NAE_EAA_P-1039_Kommunismi_Majak_kalurikolhoos, lk 26
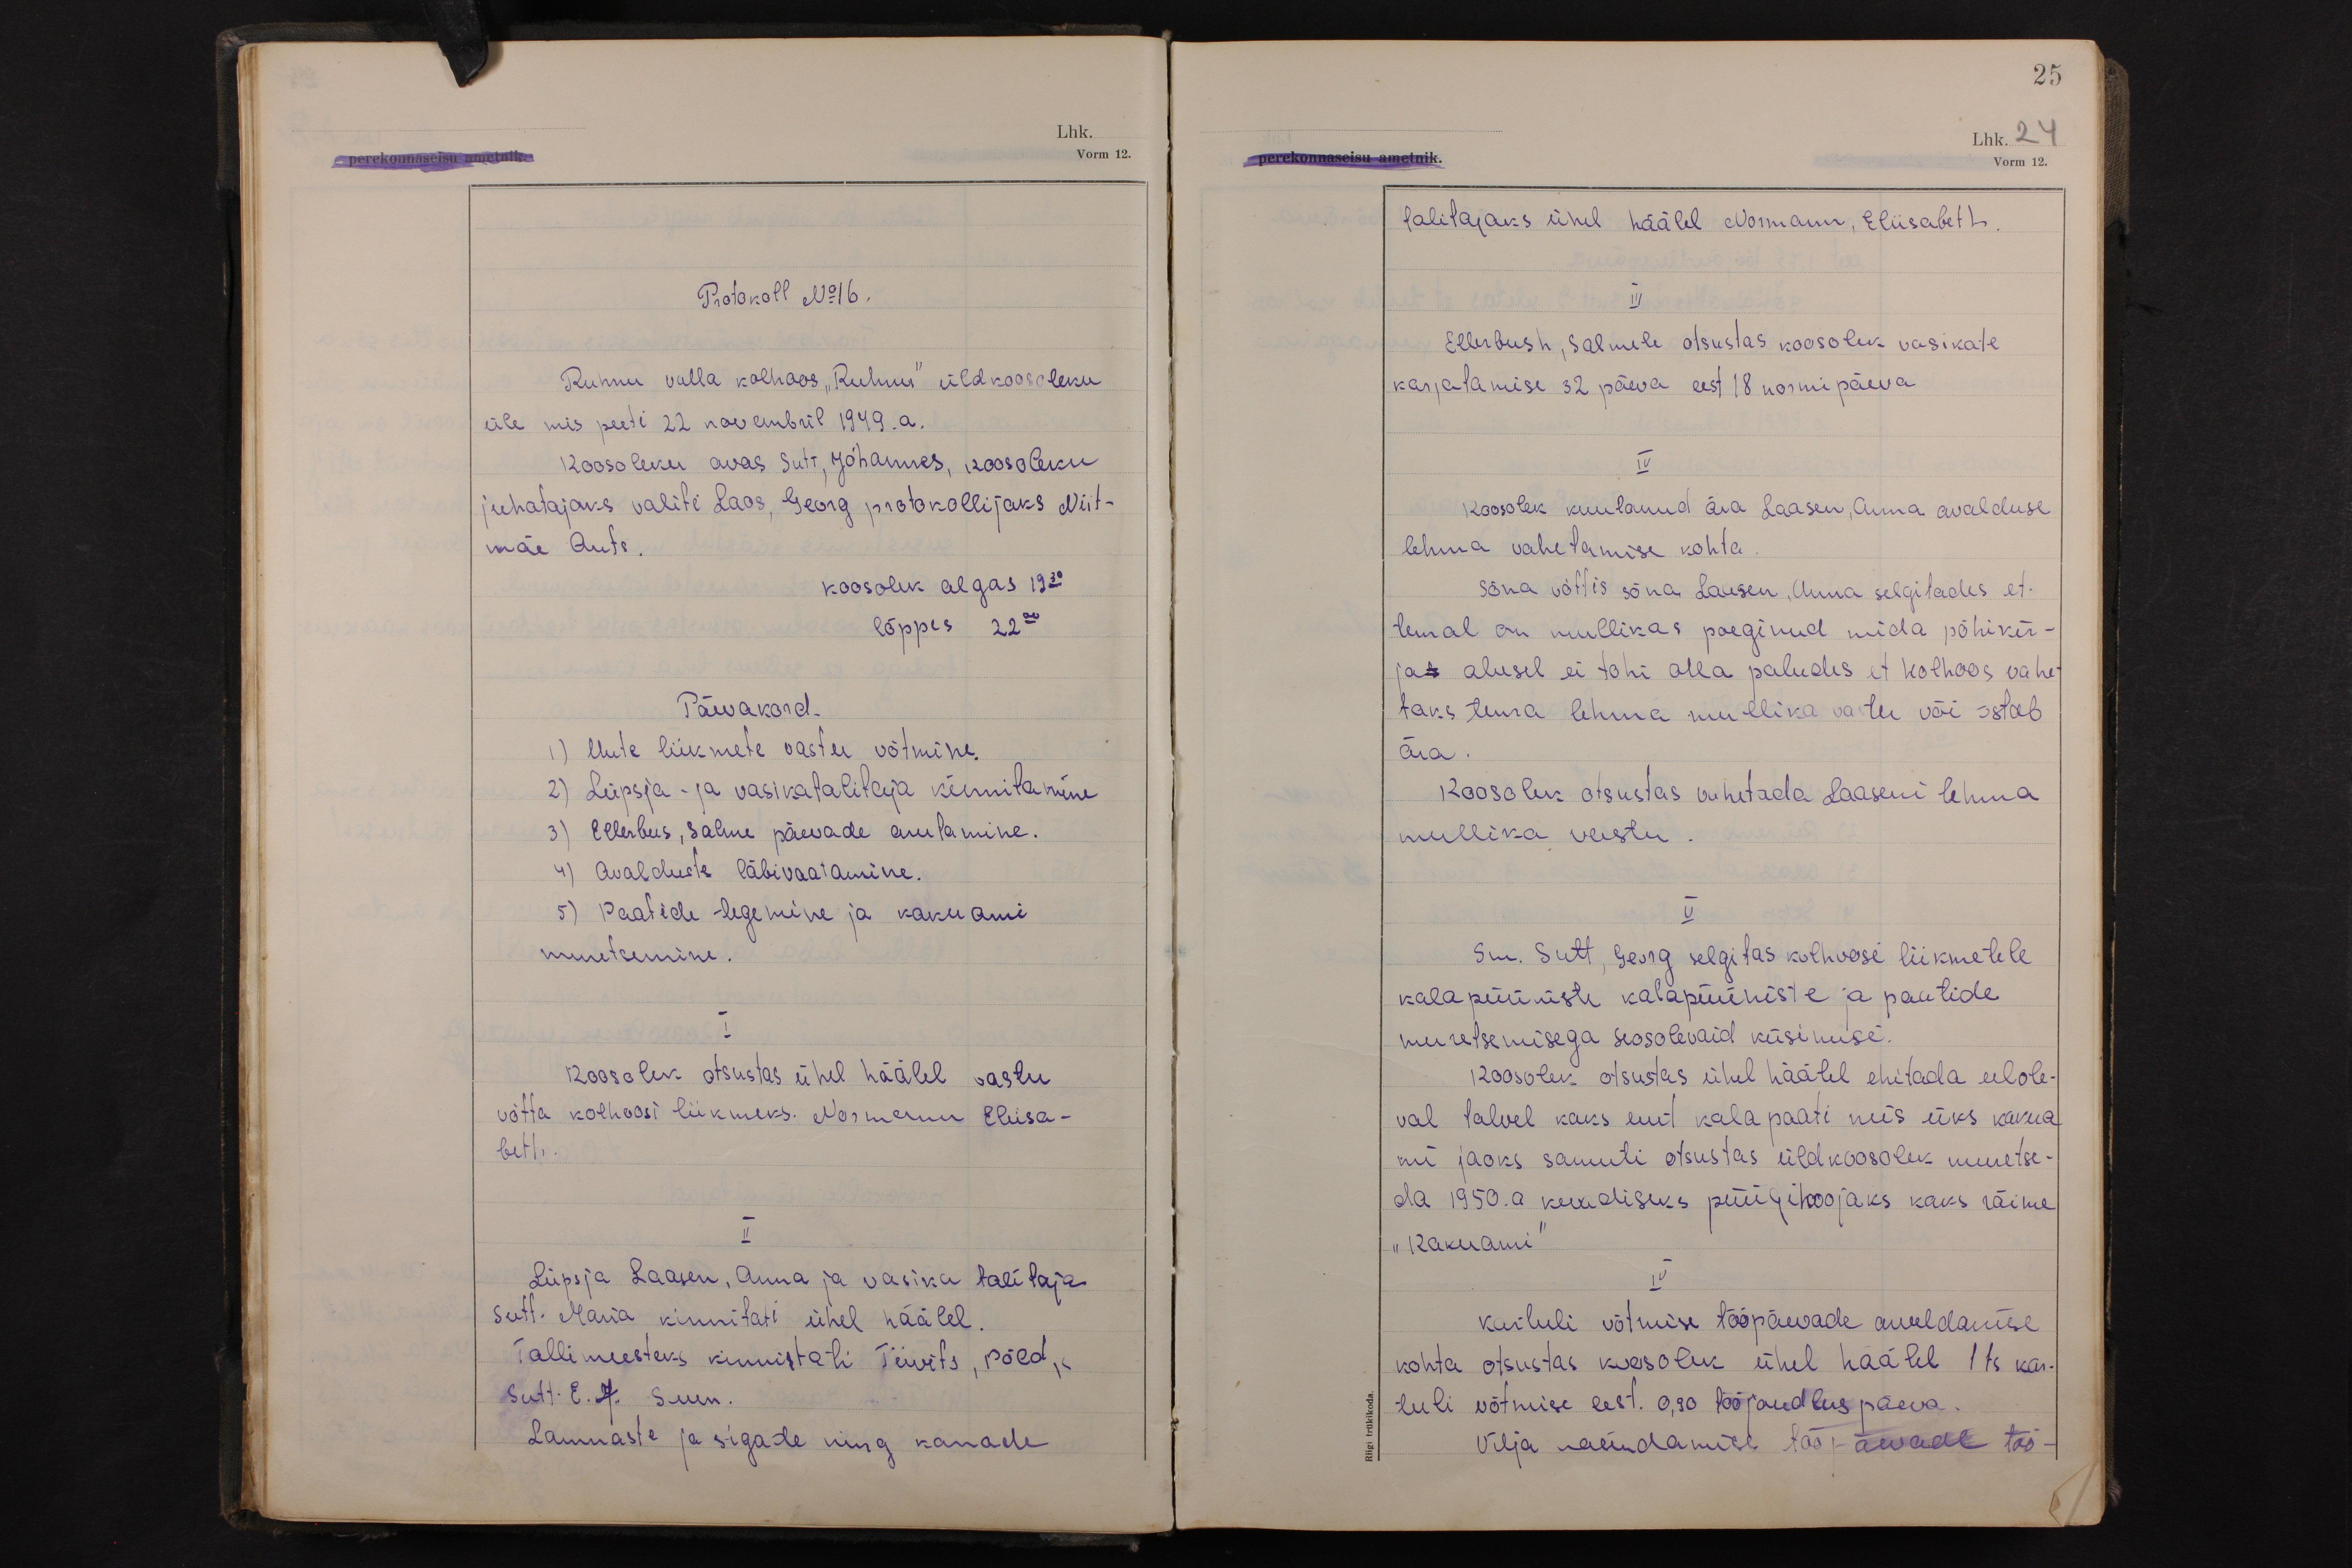
25
Lhk. 24

Protokoll No 16.
Ruhnu valla kolhoos "Ruhnu" üldkoosoleku
üle mis peeti 22 novembril 1949.a.
Koosoleku avas Sutt, Johannes, koosoleku
juhatajaks valiti Laos, Georg protokollijaks Niit-
mäe Ants.
koosolek algas 19 30
lõppes 22 00
Päevakord.
1) Uute liikmete vastu võtmine.
2) Lüpsja- ja vasikatalitaja kinnitamine
3) Ellerbus, Salme päevade arutamine.
4) Avalduste läbivaatamine.
5) Paatide tegemine ja kakuami
muretsemine.
I
Koosolek otsustas ühel häälel vastu
võtta kolhoosi liikmeks. Normann Eliisa-
beth.
II
Lüpsja Laasen, Anna ja vasika talitaja
Sutt. Maria kinnitati ühel häälel.
Tallimeesteks kinnistati Tiivits, Põld,
Sutt. E. J. Suun.
Lammaste ja sigade ning kanade

Vorm 12.
talitajaks ühel häälel Normann, Eliisabeth.
III
Ellerbush, Salmele otsustas koosolek vasikate
karjatamise 32 päeva eest 18 normipäeva
IV
Koosolek kuulanud ära Laasen, Anna avalduse
lehma vahetamise kohta.
Sõna võttis sõna Laasen, Anna selgitades, et
temal on mullikas poeginud mida põhikir-
jas alusel ei tohi olla paludes et kolhoos vahe-
taks tema lehma mullika vastu või ostab
ära.
Koosolek otsustas vahetada Laaseni lehma
mullika vastu.
V
Sm. Sutt, Georg selgitas kolhoosi liikmetele
kalapüüniste kalapüüniste ja paatide
muretsemisega seosolevaid küsimisi.
Koosolek otsustas ühel häälel ehitada eelole-
val talvel kaks uut kalapaati mis üks kakua-
mi jaoks samuti otsustas üldkoosolek muretse-
da 1950.a kevadiseks püügihooojaks kaks räime
"Kakuami"
IV
Kartuli võtmise tööpäevade arveldamise
kohta otsustas koosolek ühel häälel 1 ts kar-
tuli võtmise eest. O,90 tööjoudlus päeva.
Vilja masindamise tööpäevade töö-